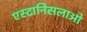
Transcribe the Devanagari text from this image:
एस्टानिसलाओ